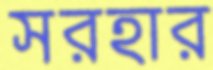
সরহার